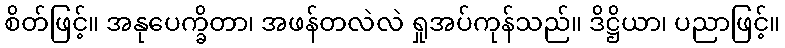
စိတ်ဖြင့်။ အနုပေက္ခိတာ၊ အဖန်တလဲလဲ ရှုအပ်ကုန်သည်။ ဒိဋ္ဌိယာ၊ ပညာဖြင့်။